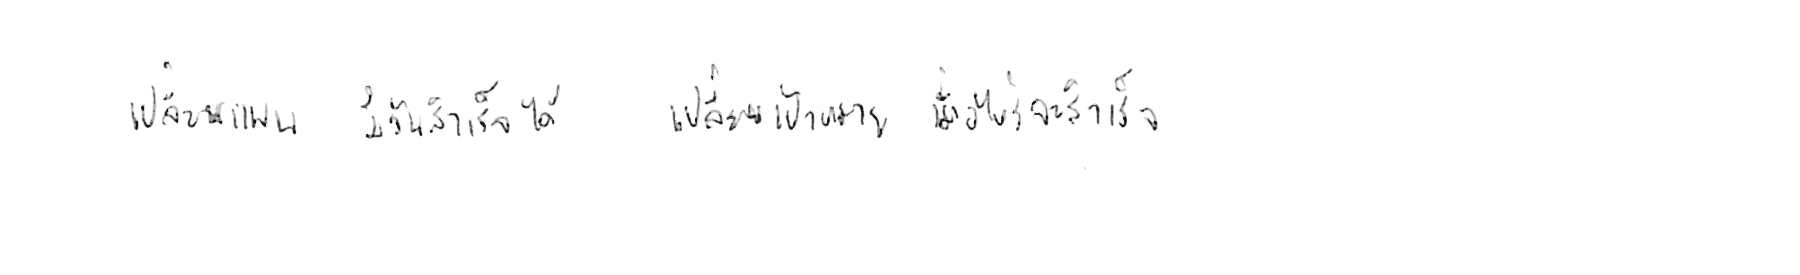
เปลี่ยนแผน มีวันสำเร็จได้ เปลี่ยนเป้าหมาย เมื่อไหร่จะสำเร็จ